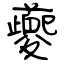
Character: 夔